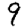
Digit: 9